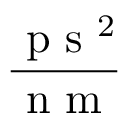
\frac { \mathrm { ~ p ~ s ~ } ^ { 2 } } { \mathrm { ~ n ~ m ~ } }